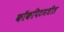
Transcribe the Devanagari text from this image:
कॉकपिटमधील